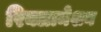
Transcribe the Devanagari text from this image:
रिक्लामेशन